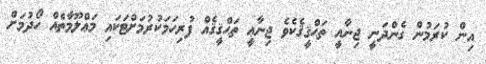
އިން ކުރަމުން ގެންދަނީ ޖިނާއީ ތަޙްޤީޤެކެވެ ޖިނާޢީ ތަޙްޤީޤެއް ފުރިހަމަކުރުމަށްޓަކައި މަޢްލޫމާތެެއް ހޯދުމަށް